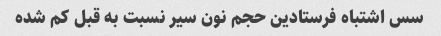
سس اشتباه فرستادین حجم نون سیر نسبت به قبل کم شده